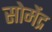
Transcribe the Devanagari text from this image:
सोमेंद्र